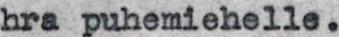
hra puhemiehelle.